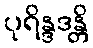
ပုရိန္ဒဒန္တိ